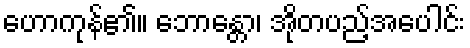
ဟောကုန်၏။ ဘောန္တော၊ အိုတပည့်အပေါင်း